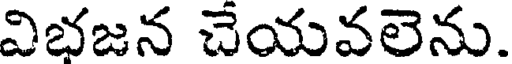
విభజన చేయవలెను.